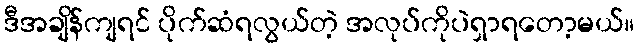
ဒီအချိန်ကျရင် ပိုက်ဆံရလွယ်တဲ့ အလုပ်ကိုပဲရှာရတော့မယ်။